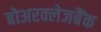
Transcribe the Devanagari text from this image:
बोअरक्लेजबैंक